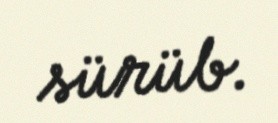
sürüb.